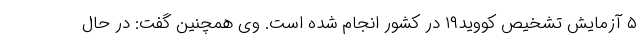
۵ آزمایش تشخیص کووید۱۹ در کشور انجام شده است. وی همچنین گفت: در حال